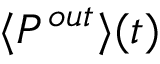
\langle P ^ { o u t } \rangle ( t )